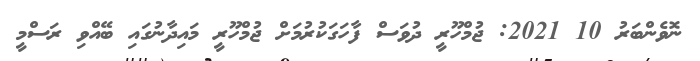
ނޮވެންބަރު 10 2021: ޖުމްހޫރީ ދުވަސް ފާހަގަކުރުމަށް ޖުމްހޫރީ މައިދާނުގައި ބޭއްވި ރަސްމީ